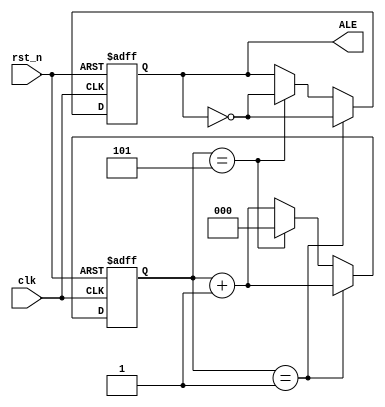
/*---------------------------------------------------------
 Name ALE
 Function ALE
 Author Milo
 Data 2021/10/8
 Version 1.0
 ----------------------------------------------------------*/

module ALEGen (
    input                                                   clk,
    input                                                   rst_n,
    output      reg                                         ALE
);
    reg                     [2:0]                           cnt;
    
    always @(posedge clk, negedge rst_n) begin
        if (!rst_n) begin
            ALE <= 1'b1;
            cnt <= 3'b0;
        end
        else begin
            if (cnt == 1) begin
                ALE <= ~ALE;
                cnt <= cnt + 1;
            end
            else begin
                if (cnt == 5) begin
                    ALE <= ~ALE;
                    cnt <= 3'b0;
                end
                else begin
                    cnt <= cnt + 1'b1;
                end
            end
        end
    end
endmodule